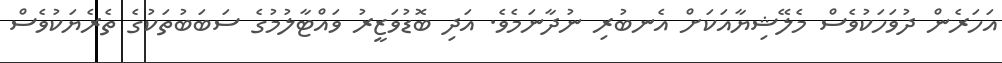
އަހަރެން ދުވަހަކުވެސް މެލޭޝިޔާއަކަށް އެނބުރި ނުދާނަމެވެ. އަދި ބޮޑުވަޒީރު ވައްޓާލުމުގެ ސަބަބުތަކުގެ ތެރެޔަކުވެސް